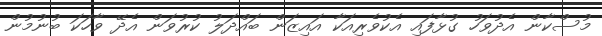
މުސްކާން އެދުވަހު ގުޅާފައި އެކުވެރިއަކާ އައިޒަން ބައްދަލު ކުރުވަން އެދޭ ވާހަކަ ބުނުމުން